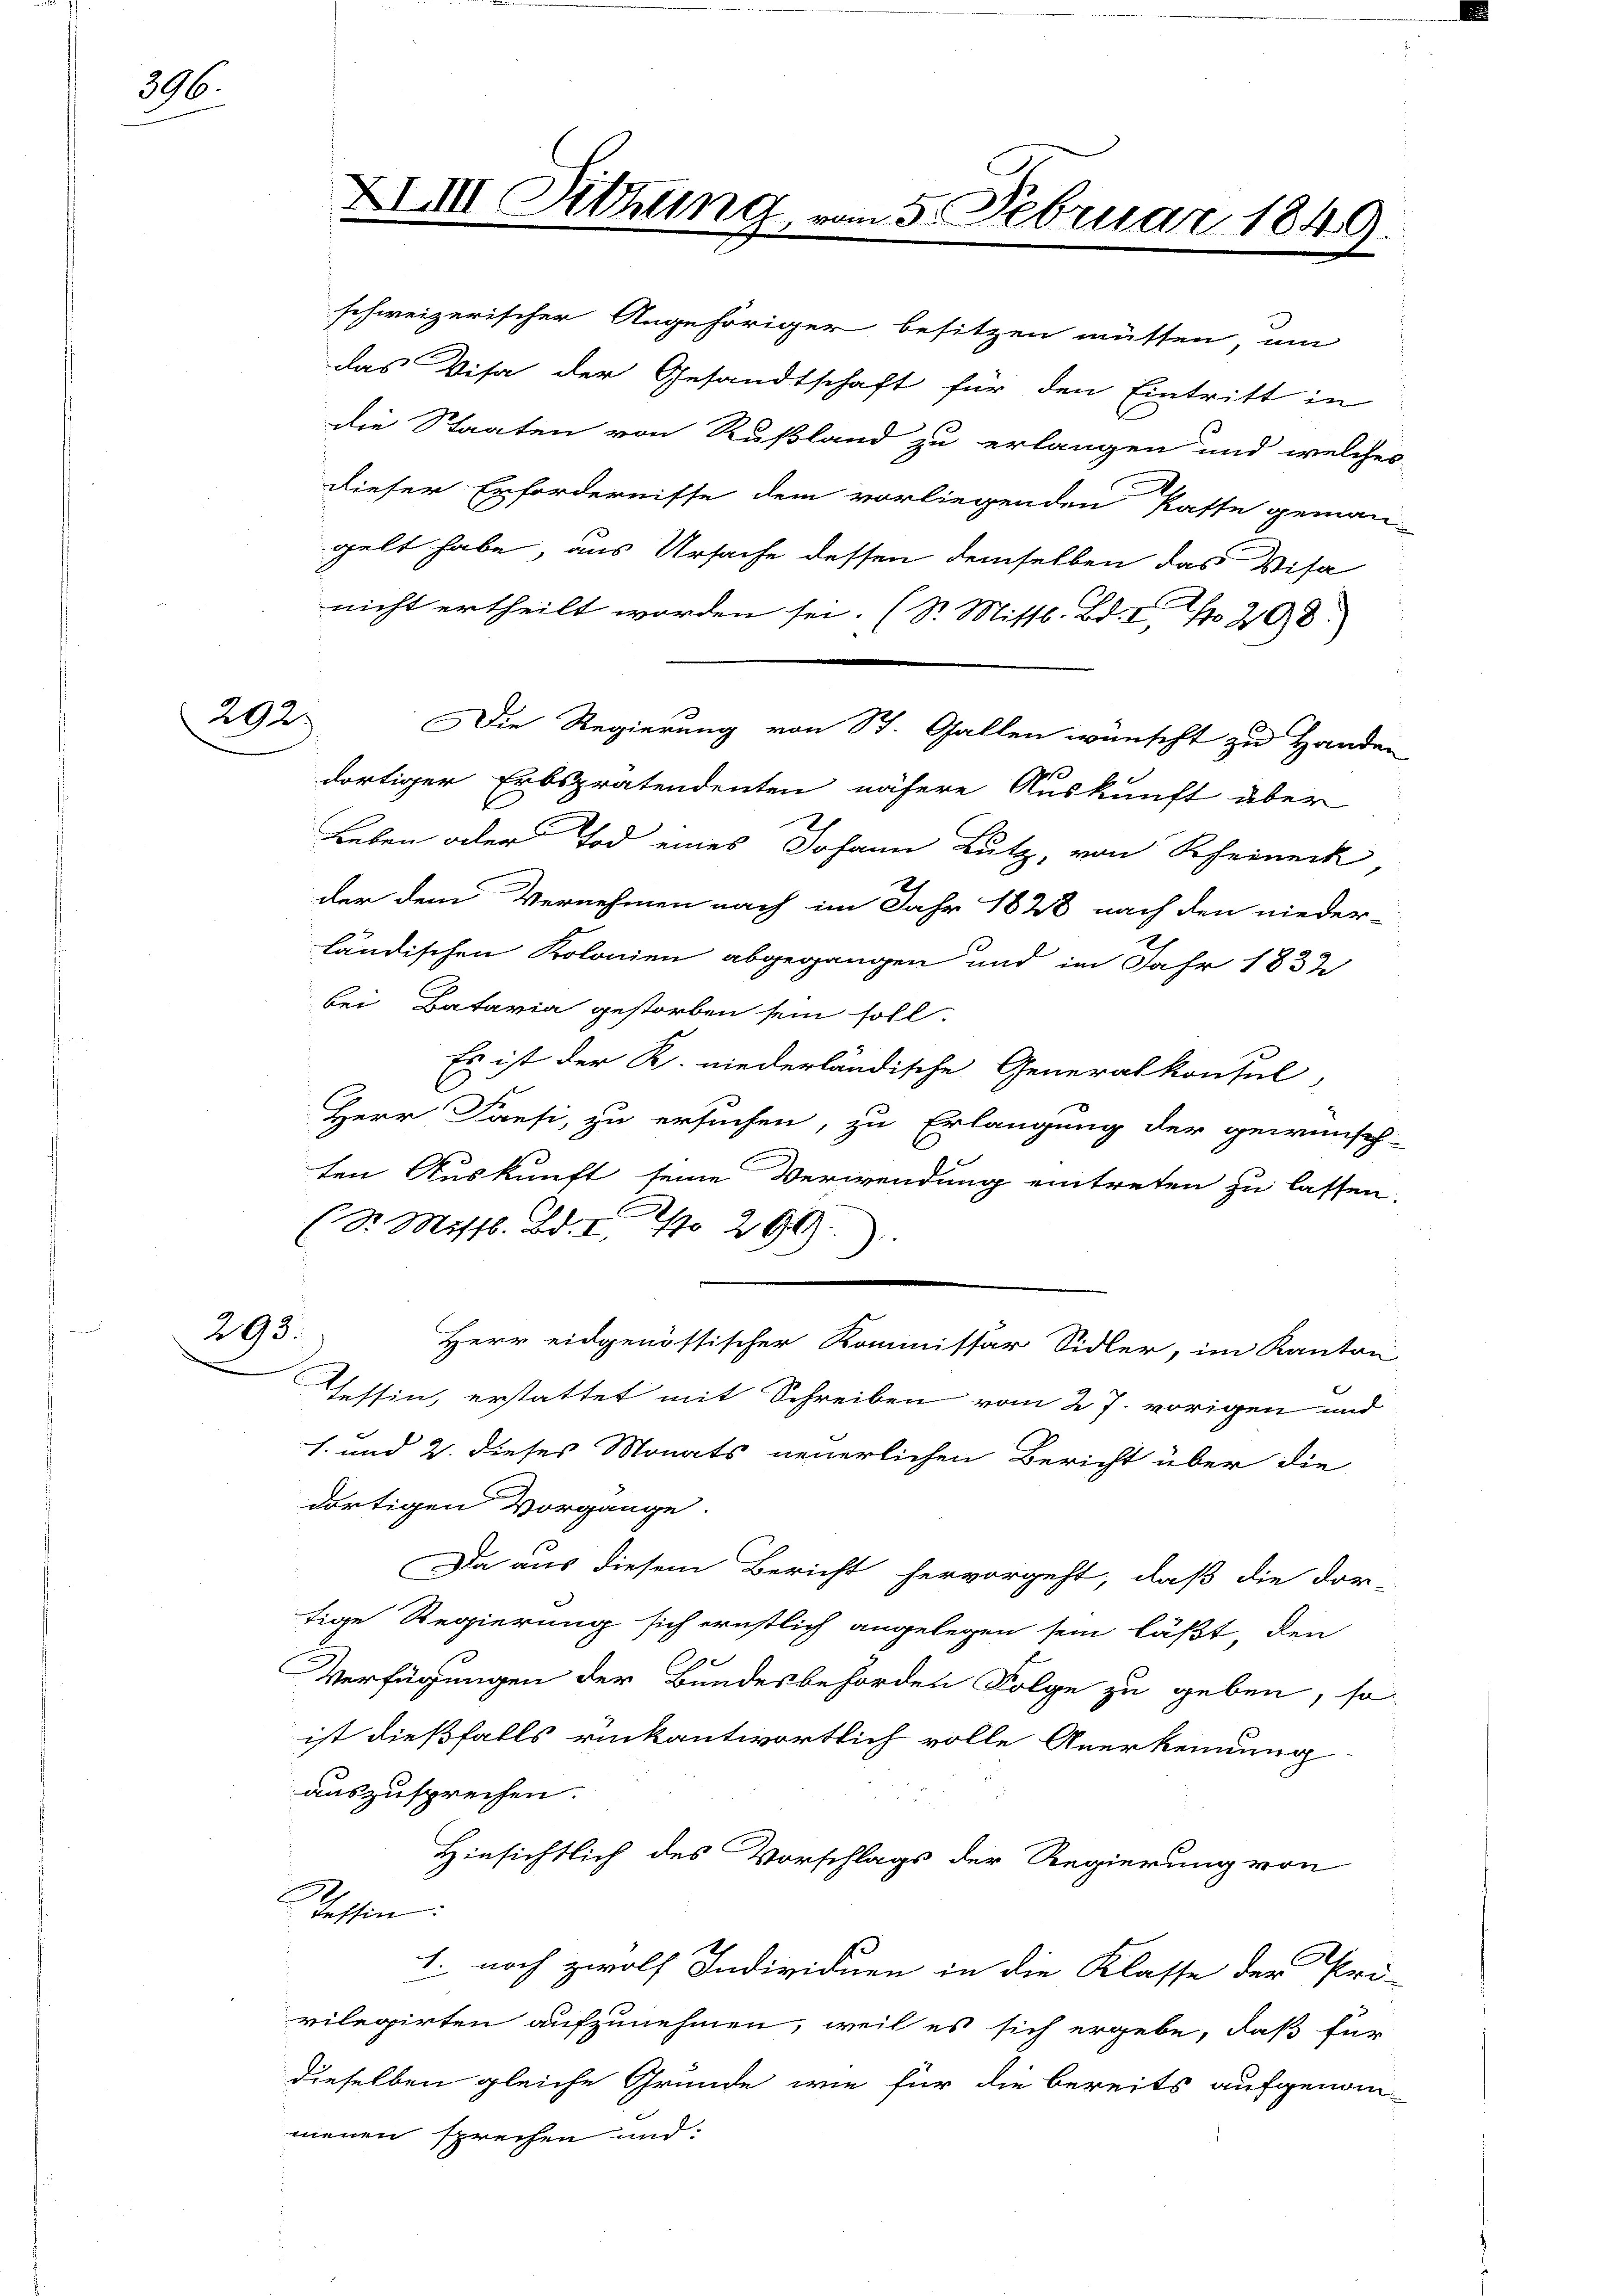
396.

292.

295.

nicht ertheilt worden sei. (S. Mittl. Bd. II 208.
dortiger Erbspratendenten nähere Auskunft über
Leben oder Tod eines Johann Lutz, von Rheineck
der dem Vernehmen nach im Jahr 1828 nach den nieder-
ländischen Kolonien abgegangen und im Jahr 1832
bei Batavia gestorben sein soll.
Es ist der R. niederländische Generalkonsul,
Herr Caesi, zu ersuchen, zu Erlangung der gewünsch-
1
ten Auskunft seine Verwendung eintreten zu lassen.
(Dr. Mittl. Bd. I S. 290).
Herr eidgenössischer Kommissär Sidler, im Kanton
Tessin, erstattet mit Schreiben vom 27. vorigen und
s. und 2. dieses Monats neuerlichen Bericht über die
dortigen Vorgange.
Da aus diesem Bericht hervorgeht, daß die dor-
tige Regierung sich ernstlich angelegen sein läßt, den
Verfügungen der Bundesbehörden Folge zu geben, so
ist dießfalls rückantwortlich volle Anerkennung
auszusprechen.
Hinsichtlich des Vorschlags der Regierung von
Tessin:
1. noch zwölf Individuen in die Klasse der Pri-
vilegirten aufzunehmen, weil es sich ergebe, daß für
dieselben gleiche Gründe wie für die bereits aufgenom-
menen sprechen und:

XIII Sitzung

schweizerischer Angehöriger besitzen müssen, um
das Visa der Gesandtschaft für den Eintritt in
die Staaten von Rußland zu erlangen und welches
dieser Erfordernisse dem vorliegenden Pässe geman-
gelt habe, aus Ursache dessen demselben das Visa

n 5. Februar 1849.

DDie Regierung von St. Gallen wünscht zu Handen